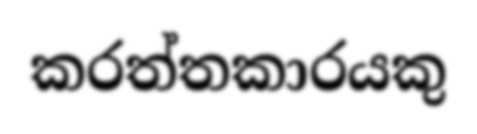
කරත්තකාරයකු